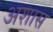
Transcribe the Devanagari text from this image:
अशास